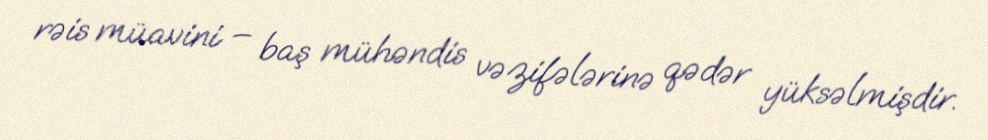
rəis müavini – baş mühəndis vəzifələrinə qədər yüksəlmişdir.